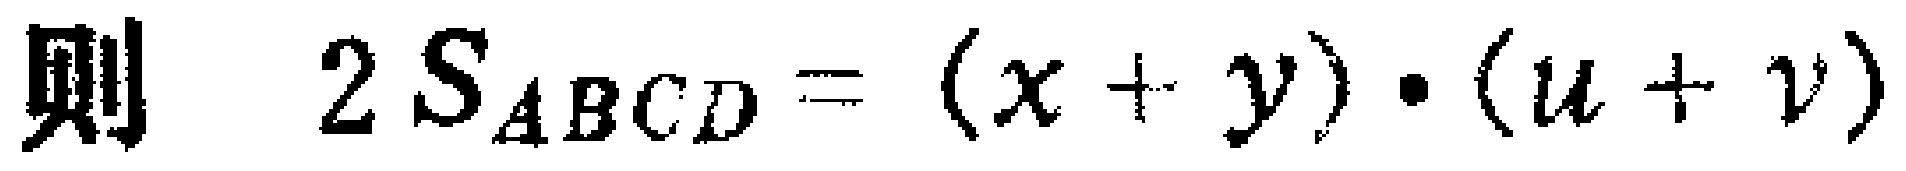
则 \(2S_{ABCD} = (x + y)\cdot(u + v)\)